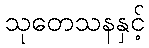
သုတေသနနှင့်